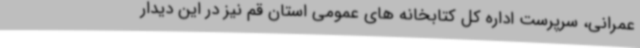
عمرانی، سرپرست اداره کل کتابخانه های عمومی استان قم نیز در این دیدار